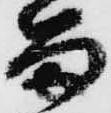
留